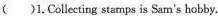
( )1. Collecting stamps is Sam's hobby.